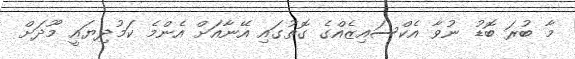
މާ ބުރަ ބޮޑު ނުވާ އެކްސައިޒެއްގެ ގޮތުގައި އޭނާއަށް އެންމެ ކަމުދިޔައީ މޫދަށް